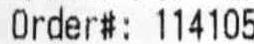
ORDER#: 114105